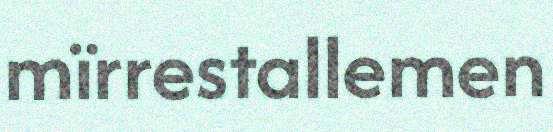
mïrrestallemen